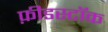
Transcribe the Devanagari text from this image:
फ़ीडस्टॉक